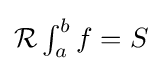
{\textstyle {\mathcal {R}}\int _{a}^{b}f=S}